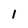
Character: 1